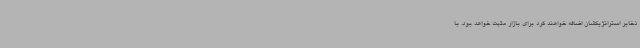
ذخایر استراتژیکشان اضافه خواهند کرد برای بازار مثبت خواهد بود. با